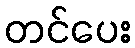
တင်ပေး